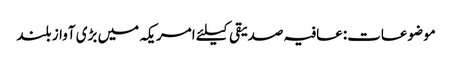
موضوعات:عافیہ صدیقی کیلئے امریکہ میں بڑی آواز بلند